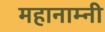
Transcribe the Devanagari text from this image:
महानाम्नी